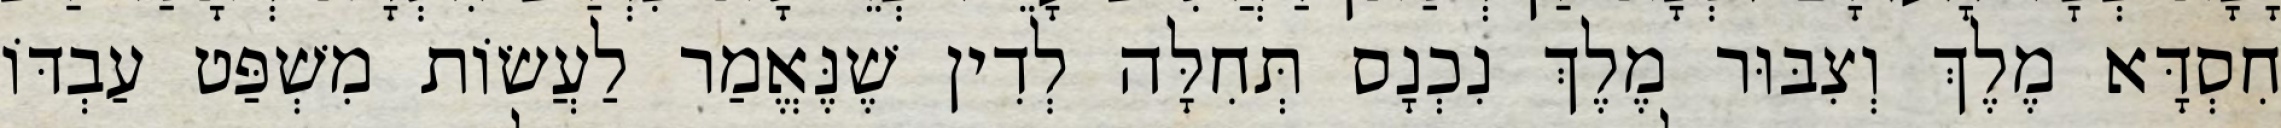
חִסְדָּא מֶלֶךְ וְצִבּוּר מֶלֶךְ נִכְנָס תְּחִלָּה לְדִין שֶׁנֶּאֱמַר לַעֲשׂוֹת מִשְׁפַּט עַבְדּוֹ